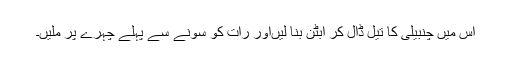
اس میں چنبیلی کا تیل ڈال کر ابٹن بنا لیںاور رات کو سونے سے پہلے چہرے پر ملیں۔